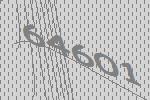
64601